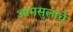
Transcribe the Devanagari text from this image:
आमसुलाचे